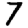
Digit: 7